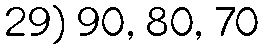
29) 90, 80, 70